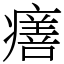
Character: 𤺪